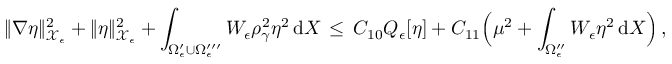
\| \nabla \eta \| _ { \mathcal { X } _ { \epsilon } } ^ { 2 } + \| \eta \| _ { \mathcal { X } _ { \epsilon } } ^ { 2 } + \int _ { \Omega _ { \epsilon } ^ { \prime } \cup \Omega _ { \epsilon } ^ { \prime \prime \prime } } W _ { \epsilon } \rho _ { \gamma } ^ { 2 } \eta ^ { 2 } \, \mathrm { d } X \, \le \, C _ { 1 0 } Q _ { \epsilon } [ \eta ] + C _ { 1 1 } \Bigl ( \mu ^ { 2 } + \int _ { \Omega _ { \epsilon } ^ { \prime \prime } } W _ { \epsilon } \eta ^ { 2 } \, \mathrm { d } X \Bigr ) \, ,